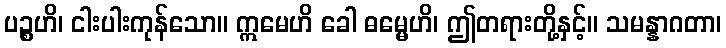
ပဉ္စဟိ၊ ငါးပါးကုန်သော။ ဣမေဟိ ခေါ ဓမ္မေဟိ၊ ဤတရားတို့နှင့်။ သမန္နာဂတာ၊